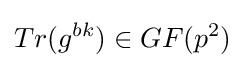
Tr(g^{bk})\in GF(p^{2})